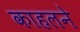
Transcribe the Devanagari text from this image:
काहलने